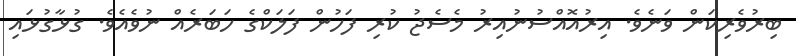
ބިރުވެރިކަން ވަނެވެ. އިރުއޮއްސުުނުއިރު މެސެޖު ކުރި ފަހުން ފަލަކްގެ ހަބަރެއް ނުވެއެވެ. ގުޅާގުޅައި